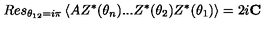
R e s _ { \theta _ { 1 2 } = i \pi } \left\langle A Z ^ { \ast } ( \theta _ { n } ) . . . Z ^ { \ast } ( \theta _ { 2 } ) Z ^ { \ast } ( \theta _ { 1 } ) \right\rangle = 2 i \mathbf { C }